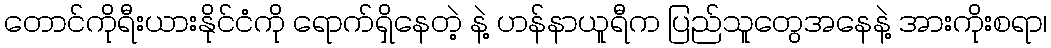
တောင်ကိုရီးယားနိုင်ငံကို ရောက်ရှိနေတဲ့ နဲ့ ဟန်နာယူရီက ပြည်သူတွေအနေနဲ့ အားကိုးစရာ၊